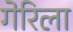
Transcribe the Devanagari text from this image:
गेरिला